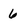
Character: 6